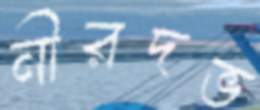
নীরদভ